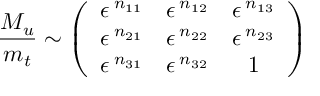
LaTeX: \frac { { \cal M } _ { u } } { m _ { t } } \sim \left( \begin{array} { c c c } { { \epsilon ^ { \: n _ { 1 1 } } } } & { { \epsilon ^ { \: n _ { 1 2 } } } } & { { \epsilon ^ { \: n _ { 1 3 } } } } \\ { { \epsilon ^ { \: n _ { 2 1 } } } } & { { \epsilon ^ { \: n _ { 2 2 } } } } & { { \epsilon ^ { \: n _ { 2 3 } } } } \\ { { \epsilon ^ { \: n _ { 3 1 } } } } & { { \epsilon ^ { \: n _ { 3 2 } } } } & { { 1 } } \end{array} \right)